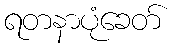
ရတနာပုံခေတ်